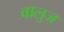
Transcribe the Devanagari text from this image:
वालुज